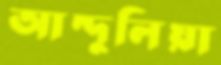
আন্দুলিয়া